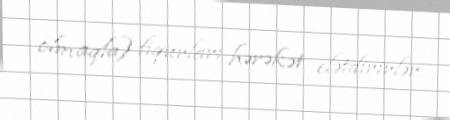
olmaqla) fiqurları hərəkət elətdirirlər.